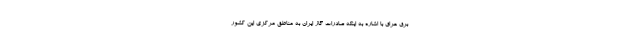
برق عراق با اشاره به اینکه صادرات گاز ایران به مناطق مرکزی این کشور